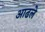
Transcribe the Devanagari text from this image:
आढले